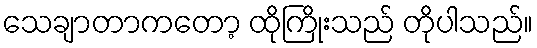
သေချာတာကတော့ ထိုကြိုးသည် တိုပါသည်။